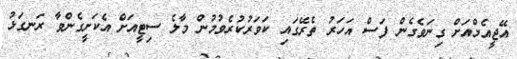
އޭޖީއެމްއަށް ގިނަވެގެން ފަސް އަހަރު ތެރޭގައި ކަވަރުކުރެވުމުން މާލެ ސިޓީއަށް އެކަށީގެންވާ ރަނގަޅު